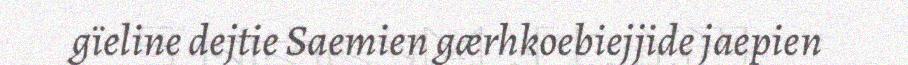
gïeline dejtie Saemien gærhkoebiejjide jaepien